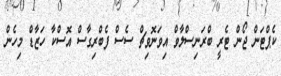
ކެޕްޓަން ޖޯން ޓެރީ ބްރަނިސްލާވް އިވަނޮވިޗް ސެސް ފެބްރިގާސް އޮސްކާ ހަޒާޑް މިހެން